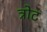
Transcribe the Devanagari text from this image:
त्रोट